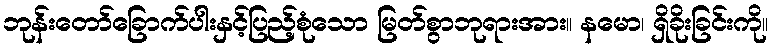
ဘုန်းတော်ခြောက်ပါးနှင့်ပြည့်စုံသော မြတ်စွာဘုရားအား။ နမော၊ ရှိခိုးခြင်းကို။